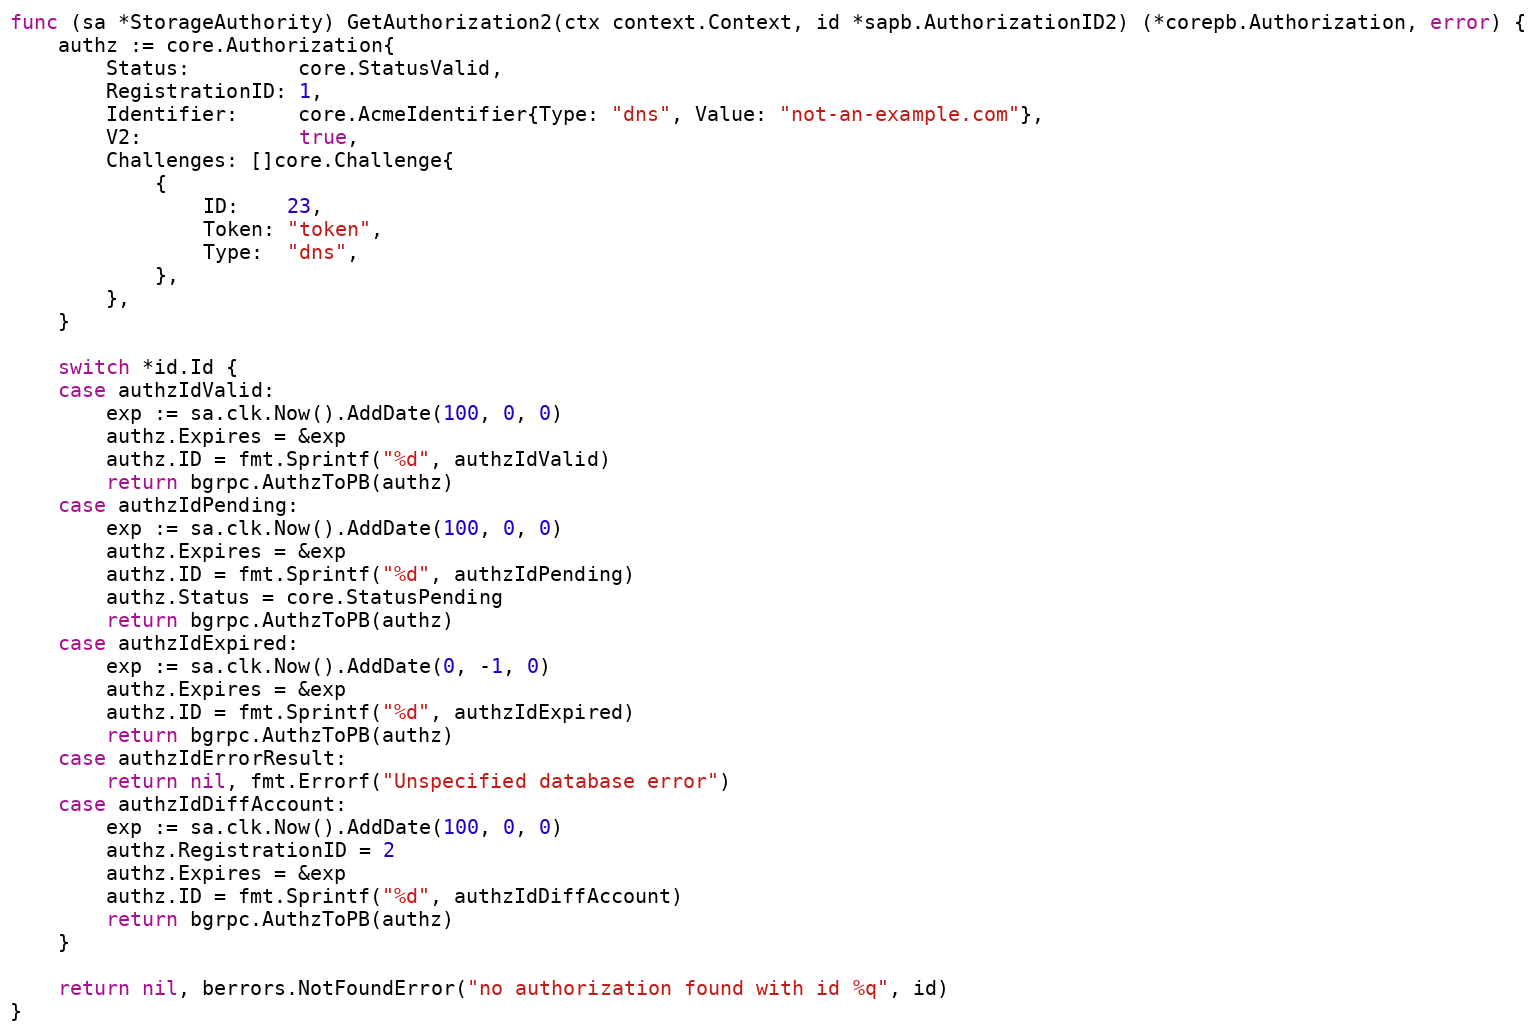
Language: Go
func (sa *StorageAuthority) GetAuthorization2(ctx context.Context, id *sapb.AuthorizationID2) (*corepb.Authorization, error) {
	authz := core.Authorization{
		Status:         core.StatusValid,
		RegistrationID: 1,
		Identifier:     core.AcmeIdentifier{Type: "dns", Value: "not-an-example.com"},
		V2:             true,
		Challenges: []core.Challenge{
			{
				ID:    23,
				Token: "token",
				Type:  "dns",
			},
		},
	}

	switch *id.Id {
	case authzIdValid:
		exp := sa.clk.Now().AddDate(100, 0, 0)
		authz.Expires = &exp
		authz.ID = fmt.Sprintf("%d", authzIdValid)
		return bgrpc.AuthzToPB(authz)
	case authzIdPending:
		exp := sa.clk.Now().AddDate(100, 0, 0)
		authz.Expires = &exp
		authz.ID = fmt.Sprintf("%d", authzIdPending)
		authz.Status = core.StatusPending
		return bgrpc.AuthzToPB(authz)
	case authzIdExpired:
		exp := sa.clk.Now().AddDate(0, -1, 0)
		authz.Expires = &exp
		authz.ID = fmt.Sprintf("%d", authzIdExpired)
		return bgrpc.AuthzToPB(authz)
	case authzIdErrorResult:
		return nil, fmt.Errorf("Unspecified database error")
	case authzIdDiffAccount:
		exp := sa.clk.Now().AddDate(100, 0, 0)
		authz.RegistrationID = 2
		authz.Expires = &exp
		authz.ID = fmt.Sprintf("%d", authzIdDiffAccount)
		return bgrpc.AuthzToPB(authz)
	}

	return nil, berrors.NotFoundError("no authorization found with id %q", id)
}